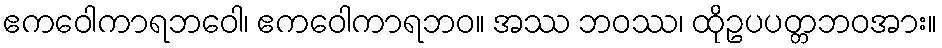
ဧကဝေါကာရဘဝေါ၊ ဧကဝေါကာရဘဝ။ အဿ ဘဝဿ၊ ထိုဥပပတ္တဘဝအား။